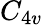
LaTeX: C_{4v}